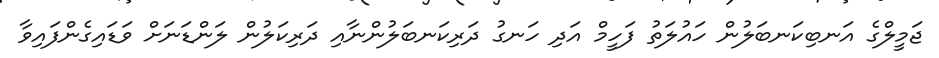
ޖަމީލްގެ އަނބިކަނބަލުން ހައުލަތު ފަހީމް އަދި ހަނގު ދަރިކަނބަލުންނާއި ދަރިކަލުން ލަންޑަނަށް ވަޑައިގެންފައިވާ